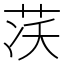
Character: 𦮮